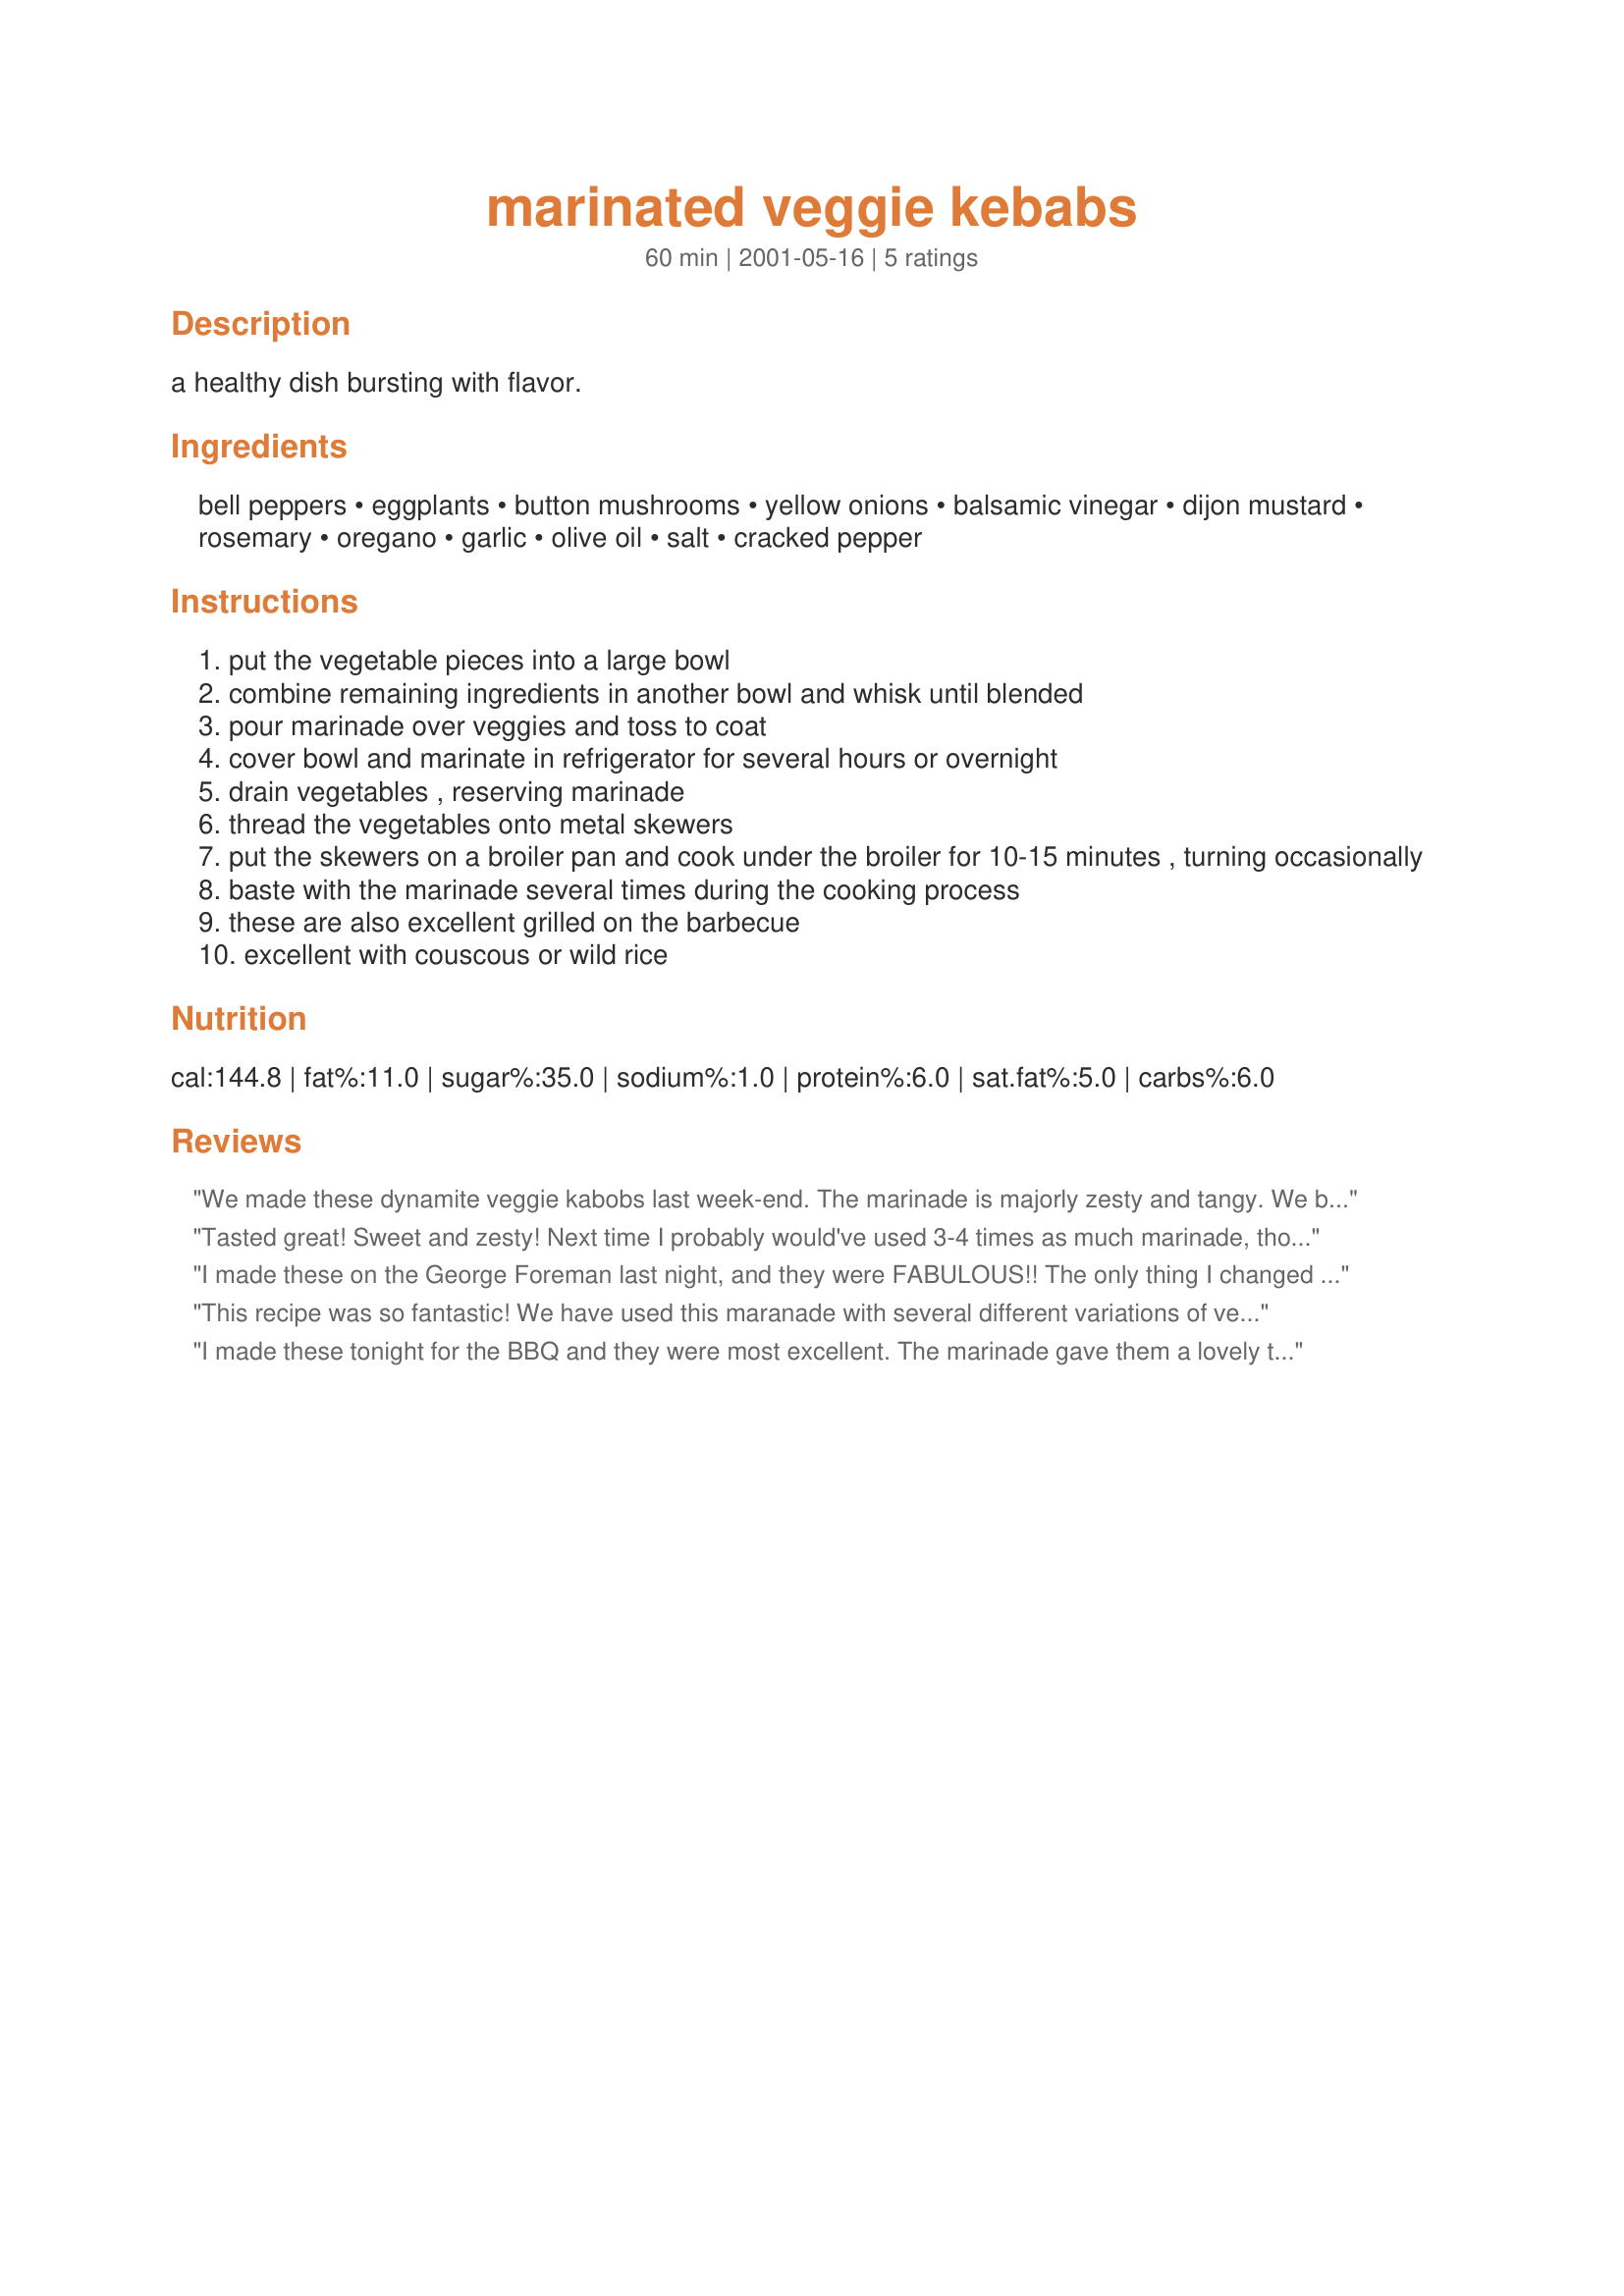
marinated veggie kebabs
Preparation time: 60 minutes

a healthy dish bursting with flavor.

Ingredients:
bell peppers, eggplants, button mushrooms, yellow onions, balsamic vinegar, dijon mustard, rosemary, oregano, garlic, olive oil, salt, cracked pepper

Steps:
put the vegetable pieces into a large bowl
combine remaining ingredients in another bowl and whisk until blended
pour marinade over veggies and toss to coat
cover bowl and marinate in refrigerator for several hours or overnight
drain vegetables , reserving marinade
thread the vegetables onto metal skewers
put the skewers on a broiler pan and cook under the broiler for 10-15 minutes , turning occasionally
baste with the marinade several times during the cooking process
these are also excellent grilled on the barbecue
excellent with couscous or wild rice

Reviews:
We made these dynamite veggie kabobs last week-end. The marinade is majorly zesty and tangy. We braved the cold weather and grilled them outside. Incredible flavor and something we will make again. Thanks for sharing.
Tasted great! Sweet and zesty! Next time I probably would've used 3-4 times as much marinade, though, because it would've tasted better that way.
I made these on the George Foreman last night, and they were FABULOUS!! The only thing I changed was to cut the olive oil to 2 Tbsp. Wonderful way to jazz up plain veggies. I will be making this often for summer barbeques! Thanks!:)
~Manda
This recipe was so fantastic! We have used this maranade with several different variations of veggies (like green peppers, onions, corn on the cob, pineapple), and it always turns out great. A real kid pleaser, too! Thank you!
I made these tonight for the BBQ and they were most excellent. The marinade gave them a lovely tang, especially the eggplant. I substituted the mushrooms with courgettes and cut the olive oil down to 2 Tbsp. And there were enough left over for us to enjoy a repeat performance tomorrow night!
